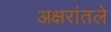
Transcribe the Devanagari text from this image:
अक्षरांतले